38_143685_box_Incident_Summaries_173-233
Agency: Department of War
Page 91
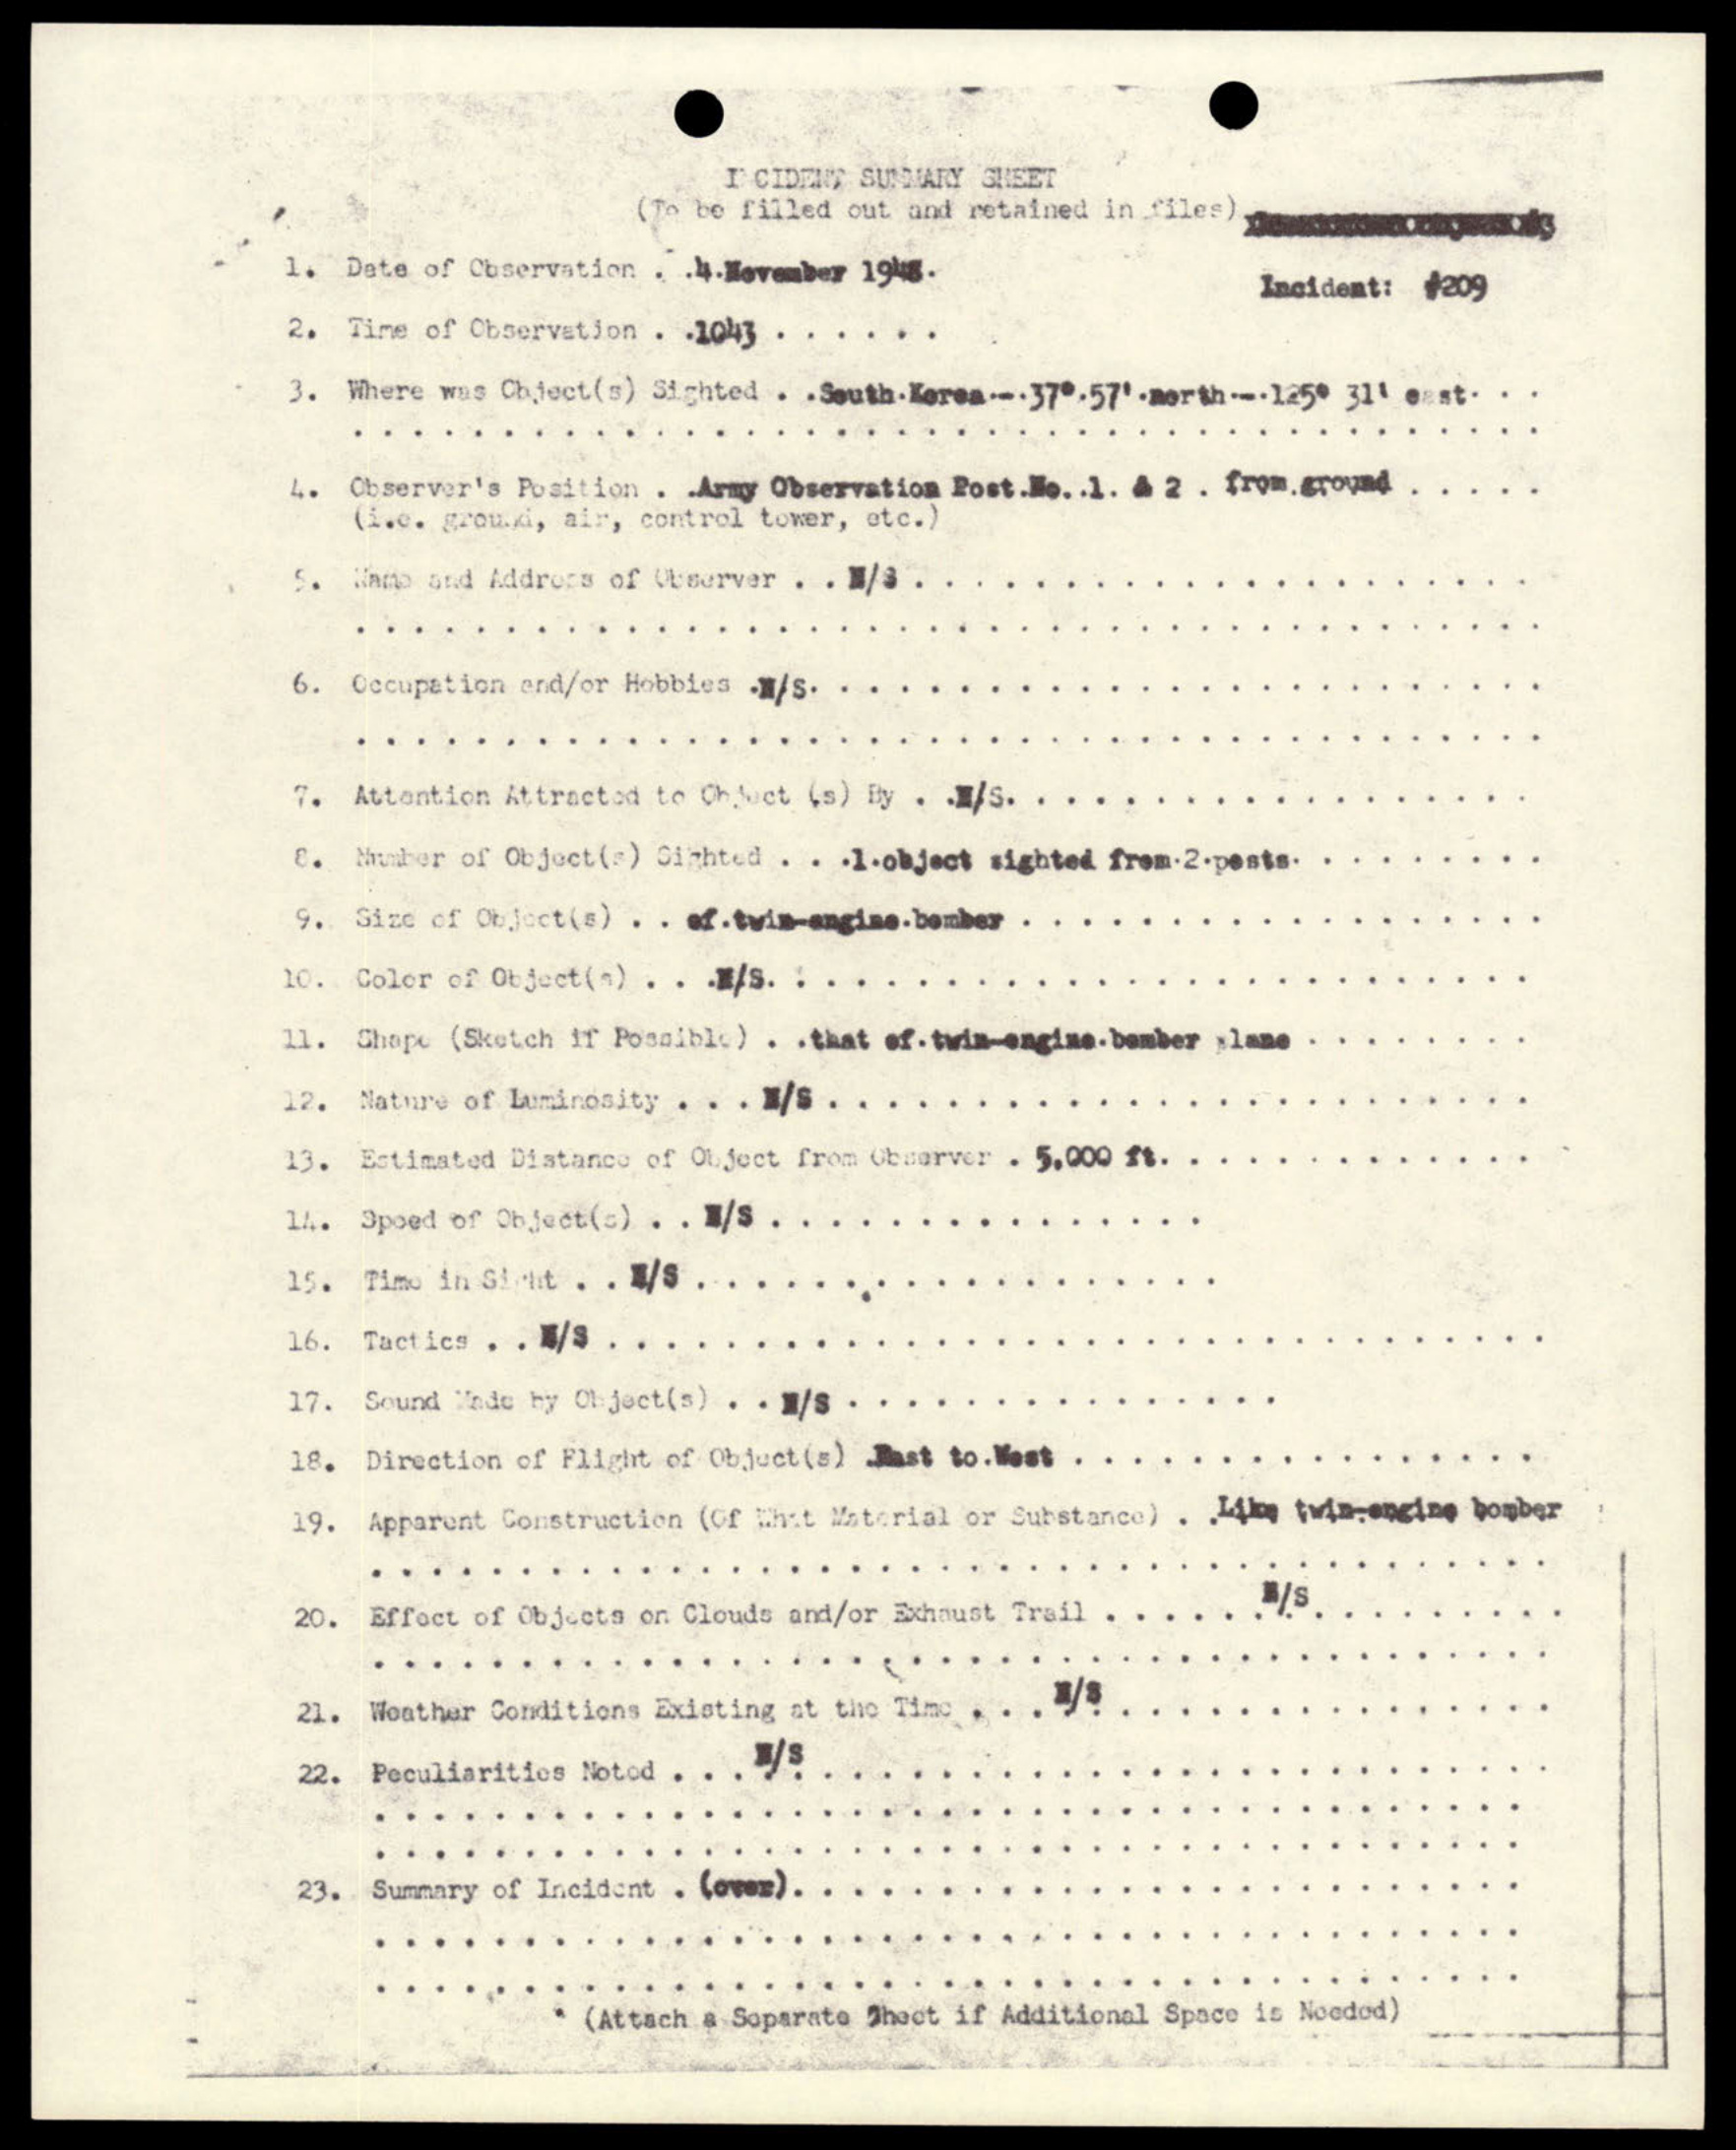